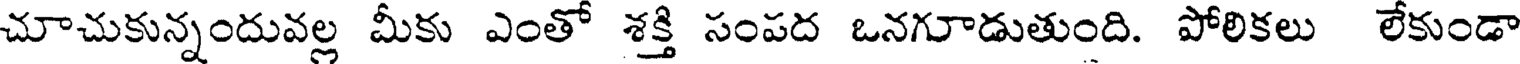
చూచుకున్నందువల్ల మీకు ఎంతో శక్తి సంపద ఒనగూడుతుంది. పోలికలు లేకుండా